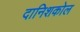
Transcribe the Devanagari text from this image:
दानिशकोल